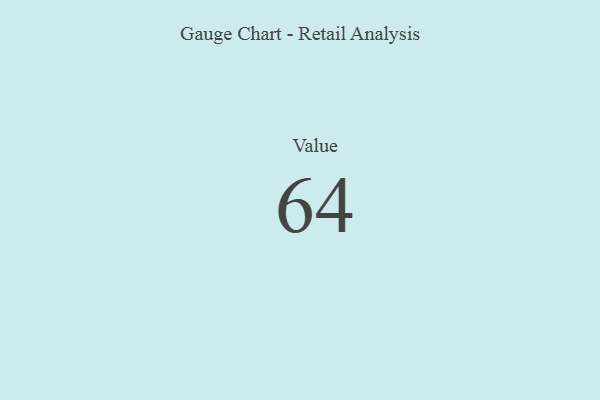
{"axis": {"x": "Metric", "y": "Value"}, "legend": [""], "data": [{"x": "Value", "y": 64, "type": ""}]}